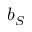
b _ { S }